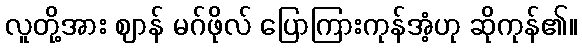
လူတို့အား ဈာန် မဂ်ဖိုလ် ပြောကြားကုန်အံ့ဟု ဆိုကုန်၏။